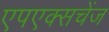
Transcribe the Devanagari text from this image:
एपएक्सचेंज